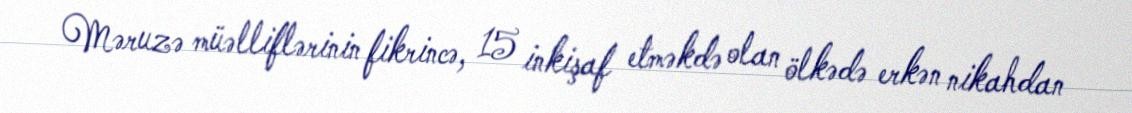
Məruzə müəlliflərinin fikrincə, 15 inkişaf etməkdə olan ölkədə erkən nikahdan